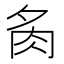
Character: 𮌉